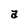
Character: a